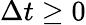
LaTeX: \Delta t\geq 0